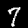
Label: 7